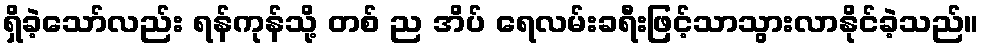
ရှိခဲ့သော်လည်း ရန်ကုန်သို့ တစ် ည အိပ် ရေလမ်းခရီးဖြင့်သာသွားလာနိုင်ခဲ့သည်။